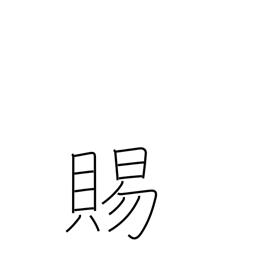
Meaning: boon